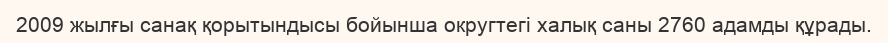
2009 жылғы санақ қорытындысы бойынша округтегі халық саны 2760 адамды құрады.